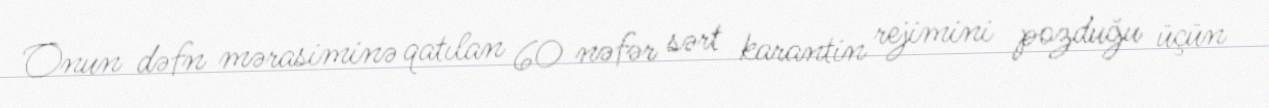
Onun dəfn mərasiminə qatılan 60 nəfər sərt karantin rejimini pozduğu üçün